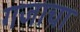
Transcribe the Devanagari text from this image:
गजाचा